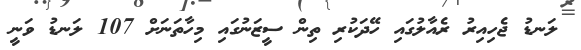
ލަނޑު ޖެހިއިރު ރެއާލުގައި ހޭދަކުރި ތިން ސީޒަނުގައި މިހާތަނަށް 107 ލަނޑު ވަނީ